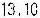
13.10